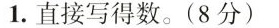
1.直接写得数。(8分)